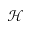
\mathcal { H }